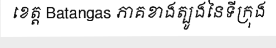
ខេត្ត Batangas ភាគខាងត្បូងនៃទីក្រុង